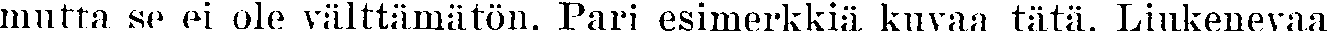
mutta se ei ole välttämätön. Pari esimerkkiä kuvaa tätä. Liukenevaa